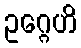
ဥဂ္ဂေဟိ